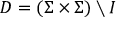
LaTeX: D = ( \Sigma \times \Sigma ) \setminus I